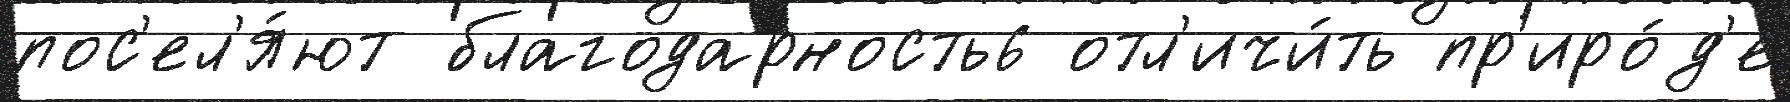
пос'ел'я́ют благодарность6 отл'ичи́ть пр'иро́д'е